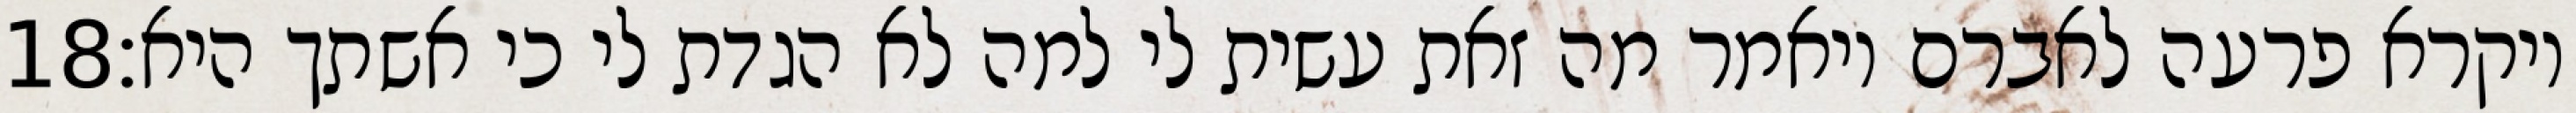
‎18‏ ויקרא פרעה לאברם ויאמר מה זאת עשית לי למה לא הגדת לי כי אשתך היא׃